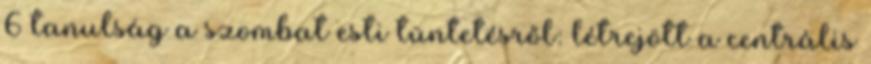
6 tanulság a szombat esti tüntetésről: létrejött a centrális